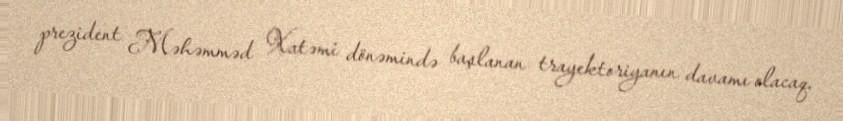
prezident Məhəmməd Xatəmi dönəmində başlanan trayektoriyanın davamı olacaq.